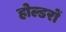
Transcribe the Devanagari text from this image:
होल्डरों